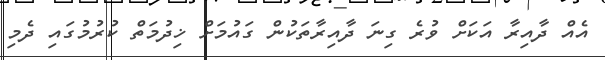
އެއް ދާއިރާ އަކަށް ވުރެ ގިނަ ދާއިރާތަކުން ގައުމަށް ޚިދުމަތް ކުރުމުގައި ދެމި